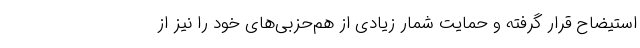
استیضاح قرار گرفته و حمایت شمار زیادی از هم‌حزبی‌های خود را نیز از